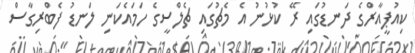
ކިއުޕީއާރްގެ ދަނޑުގައި ރޭ ކުޅުނު އެ މެޗުގައި ޗެލްސީގެ ހަމައެކަނި ލަނޑު ފެބްރިގާސް